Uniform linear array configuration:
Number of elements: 48
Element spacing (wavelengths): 0.25
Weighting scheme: binomial
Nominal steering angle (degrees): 15
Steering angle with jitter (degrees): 14.657
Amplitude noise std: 0.05
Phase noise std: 0.05

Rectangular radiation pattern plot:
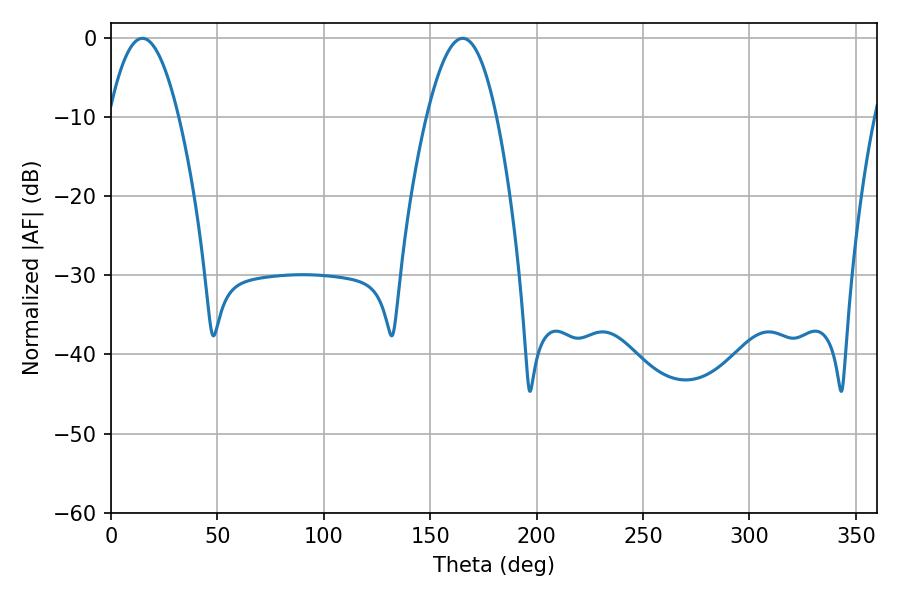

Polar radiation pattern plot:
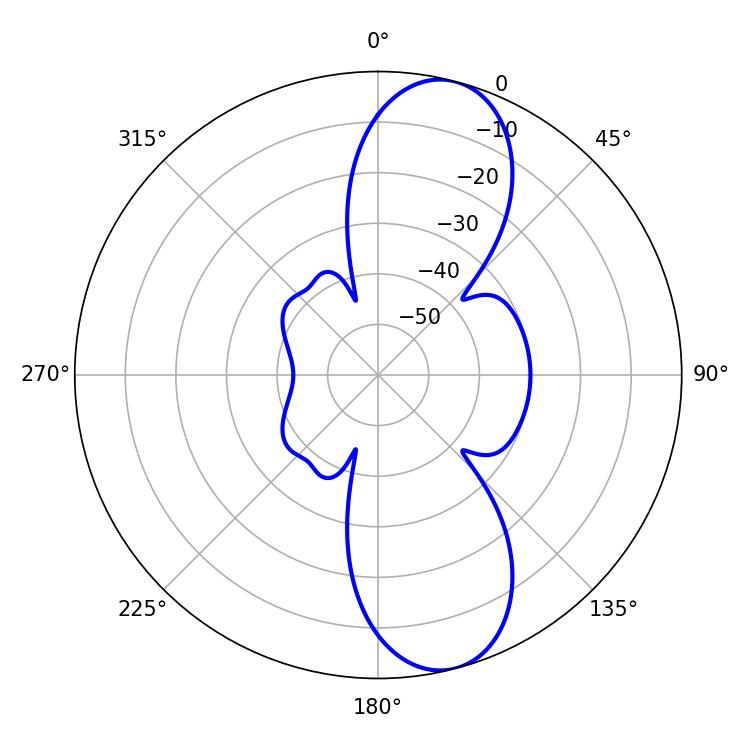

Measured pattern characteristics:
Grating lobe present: FALSE
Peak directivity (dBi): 10.582
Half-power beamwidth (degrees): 18
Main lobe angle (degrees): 14.76